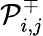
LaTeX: \mathcal{P}_{i,j}^{\mp}